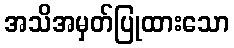
အသိအမှတ်ပြုထားသော